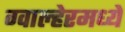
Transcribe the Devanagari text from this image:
ग्वाल्हेरमध्ये